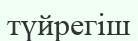
түйрегіш